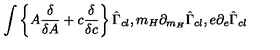
\int \left\{ A \frac { \delta } { \delta A } + c \frac { \delta } { \delta c } \right\} \hat { \Gamma } _ { c l } , m _ { H } \partial _ { m _ { H } } \hat { \Gamma } _ { c l } , e \partial _ { e } \hat { \Gamma } _ { c l }